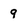
Character: 9